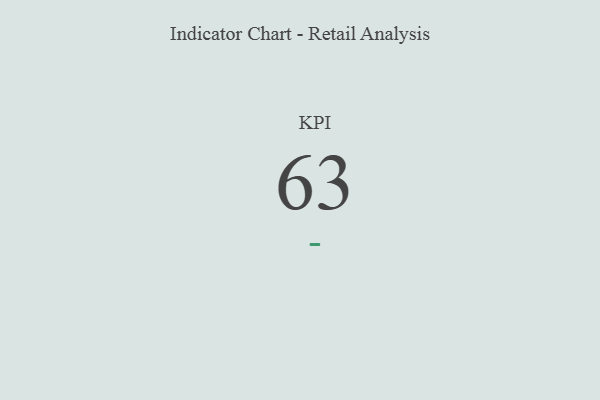
{"axis": {"x": "KPI", "y": "Value"}, "legend": [""], "data": [{"x": "KPI", "y": 63, "type": ""}]}